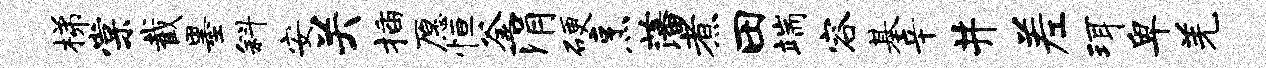
梯棠截墨斜安关插愿恒釜涓硬烹藩煮田端容基辛井差珥卑羌